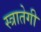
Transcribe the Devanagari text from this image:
स्त्रातेगी